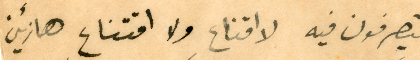
يتصرفون فيه لا اقناع ولا اقتناع هازئين